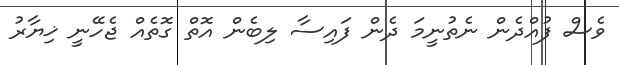
ވެސް ފުއްދެން ނެތުނީމަ ދެން ފައިސާ ލިބެން އޮތް ގޮތެއް ޖެހޭނީ ޚިޔާރު